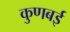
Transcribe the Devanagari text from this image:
कुणबई